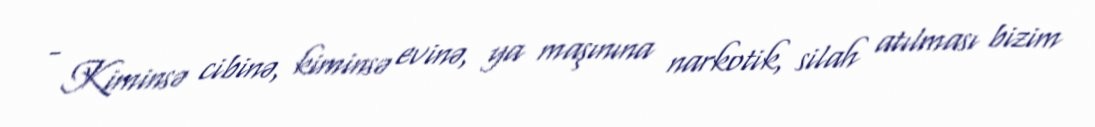
- Kiminsə cibinə, kiminsə evinə, ya maşınına narkotik, silah atılması bizim